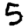
Digit: 5